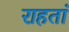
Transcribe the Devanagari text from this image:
राहतां